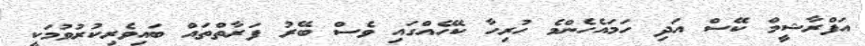
އަފްރާޝީމް ކޭސް އަދި ހަމައެހެންމެ ހުރިހާ ކޭހެއްގައި ވެސް ބޭރު ފަރާތްތައް ބައިވެރިކުރުވުމަކީ